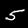
Label: 5